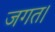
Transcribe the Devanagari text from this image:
जगत।